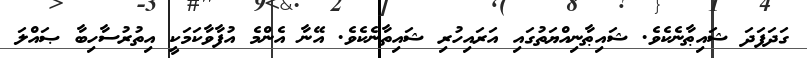
ގަދަފަދަ ޝައިޠާނެކެވެ. ޝައިޠާނިއްޔަތުގައި އަރައިހުރި ޝައިތާނެކެވެ. އޭނާ އެންމެ އުފާވާކަމަކީ އިތުރުސާހިބާ ޞައްލަ